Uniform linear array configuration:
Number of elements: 16
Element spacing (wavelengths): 0.75
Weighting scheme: exponential
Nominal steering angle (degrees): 15
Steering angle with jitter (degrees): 16.468
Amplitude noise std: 0.05
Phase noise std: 0.05

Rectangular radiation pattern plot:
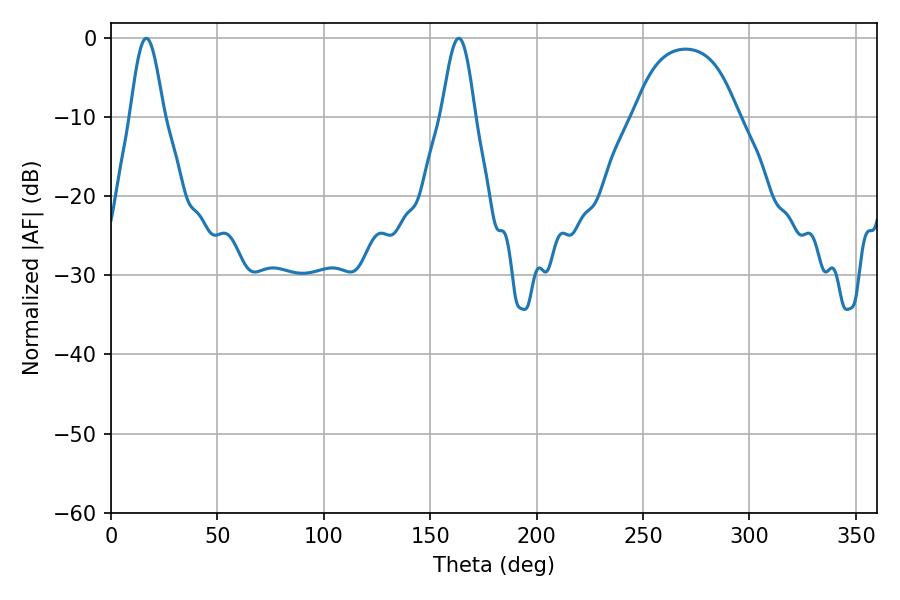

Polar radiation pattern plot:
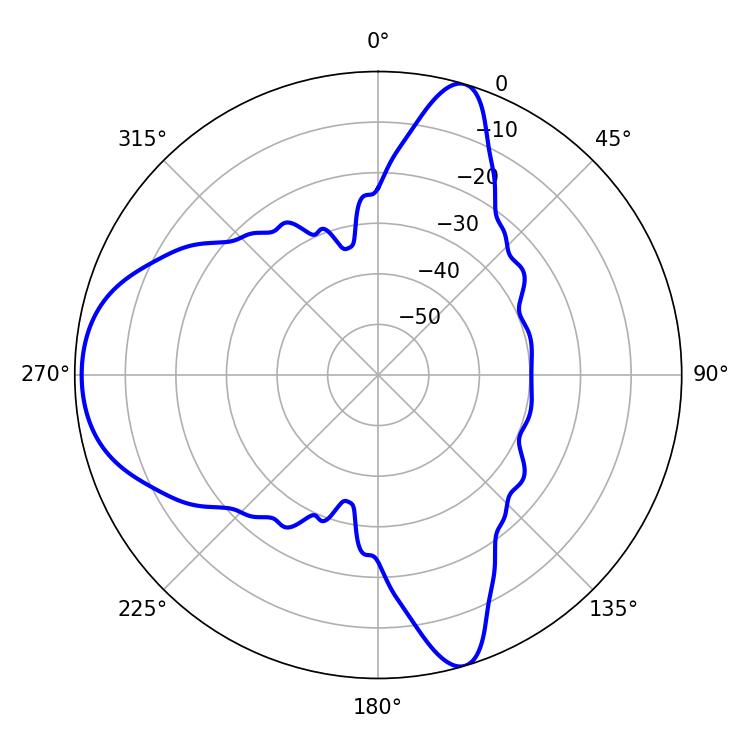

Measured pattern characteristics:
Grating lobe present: TRUE
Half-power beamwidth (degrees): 8.46
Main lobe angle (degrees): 16.56